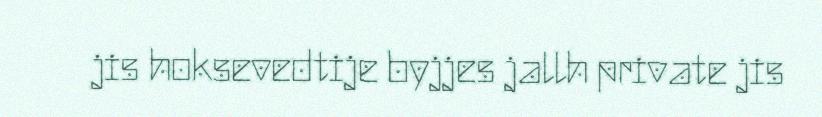
jis hoksevedtije byjjes jallh private jis